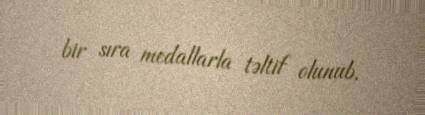
bir sıra medallarla təltif olunub.